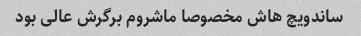
ساندویچ هاش مخصوصا ماشروم برگرش عالی بود